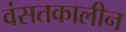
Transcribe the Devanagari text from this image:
वंसतकालीन